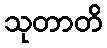
သုတာတိ